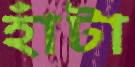
হাঁটা